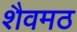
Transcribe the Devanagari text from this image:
शैवमठ